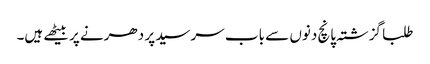
طلبا گزشتہ پانچ دنوں سے باب سرسید پر دھرنے پر بیٹھے ہیں۔